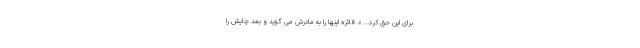
برای این حق کرد... ». فائزه اینها را به مادرش می گوید و بعد چایش را